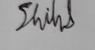
Signature authenticity: genuine